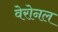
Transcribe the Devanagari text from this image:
वेरोनल